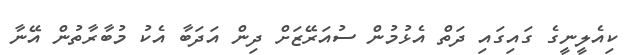
ކިއެލީނީގެ ގައިގައި ދަތް އެޅުމުން ސުއަރޭޒަށް ދިން އަދަބާ އެކު މުބާރާތުން އޭނާ